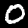
Digit: 0